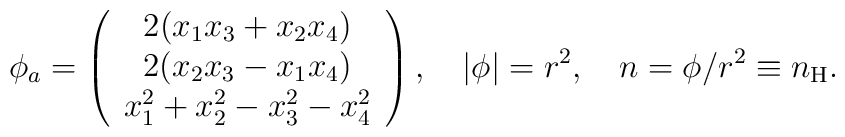
\phi_a=\left(\begin{array}{c}2(x_1x_3+x_2x_4)\\2(x_2x_3-x_1x_4)\\x_1^2+x_2^2-x_3^2-x_4^2\end{array}\right),\quad |\phi|=r^2,\quad n=\phi/r^2\equiv n_{\rm H}.